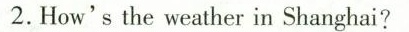
2.How's the weather in Shanghai?